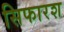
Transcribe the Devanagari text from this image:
सिफारश